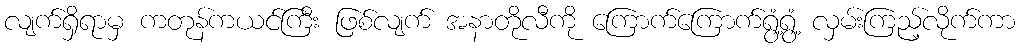
လျက်ရှိရာမှ ကတုန်ကယင်ကြီး ဖြစ်လျက် အနာတိုလီကို ကြောက်ကြောက်ရွံ့ရွံ့ လှမ်းကြည့်လိုက်ကာ